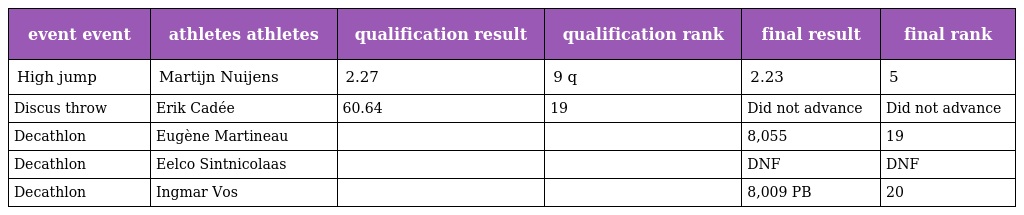
| event event | athletes athletes | qualification result | qualification rank | final result | final rank |
 | --- | --- | --- | --- | --- | --- |
 | High jump | Martijn Nuijens | 2.27 | 9 q | 2.23 | 5 |
 | Discus throw | Erik Cadée | 60.64 | 19 | Did not advance | Did not advance |
 | Decathlon | Eugène Martineau |  |  | 8,055 | 19 |
 | Decathlon | Eelco Sintnicolaas |  |  | DNF | DNF |
 | Decathlon | Ingmar Vos |  |  | 8,009 PB | 20 |